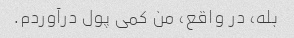
بله، در واقع، من کمی پول درآوردم.